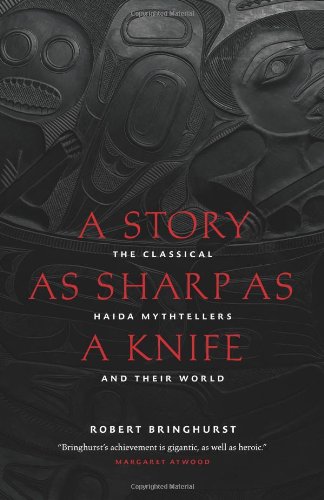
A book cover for A Story as Sharp as a Knife: The Classical Haida Mythtellers and Their World (Masterworks of the Classical Haida Mythtellers); Robert Bringhurst; Literature & Fiction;